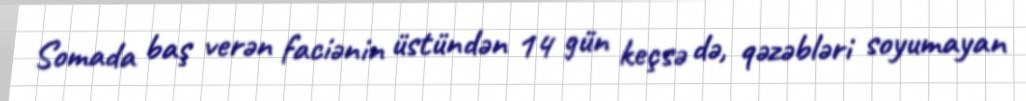
Somada baş verən faciənin üstündən 14 gün keçsə də, qəzəbləri soyumayan